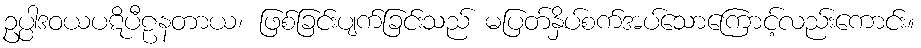
ဥပ္ပါဒဝယပဋိပီဠနတာယ၊ ဖြစ်ခြင်းပျက်ခြင်းသည် မပြတ်နှိပ်စက်အပ်သောကြောင့်လည်းကောင်း။